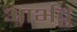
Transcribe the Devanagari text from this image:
आर्भट्ट